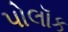
પોલૉક